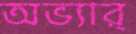
অভ্যার্